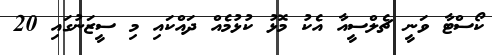
ކޯސްޓާ ވަނީ ޗެލްސީއާ އެކު މޮޅު ކުޅުމެއް ދައްކައި މި ސީޒަނުގައި 20